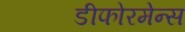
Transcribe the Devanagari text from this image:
डीफोरमेन्स